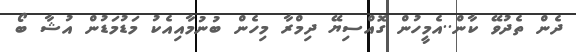
ދެން ތެދުވޭ ކާން..އެމީހުން ގޮއްސިޔޭ ދިމްރާ މިހެން ބުނުމާއިއެކު މަޑުމަޑުން އުޝާ ބޯ